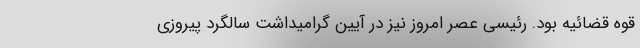
قوه قضائیه بود. رئیسی عصر امروز نیز در آیین گرامیداشت سالگرد پیروزی